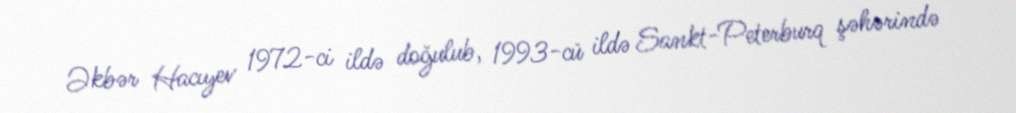
Əkbər Hacıyev 1972-ci ildə doğulub, 1993-cü ildə Sankt-Peterburq şəhərində